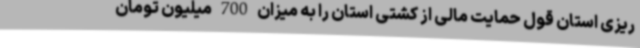
ریزی استان قول حمایت مالی از کشتی استان را به میزان 700 میلیون تومان